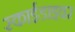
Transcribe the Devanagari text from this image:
स्काईडाइवर